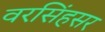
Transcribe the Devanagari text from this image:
वरसिंहसर